Civil Veterinary Dept. North-West Frontier Province 1923-32 - 1923-1932
Year: 1923
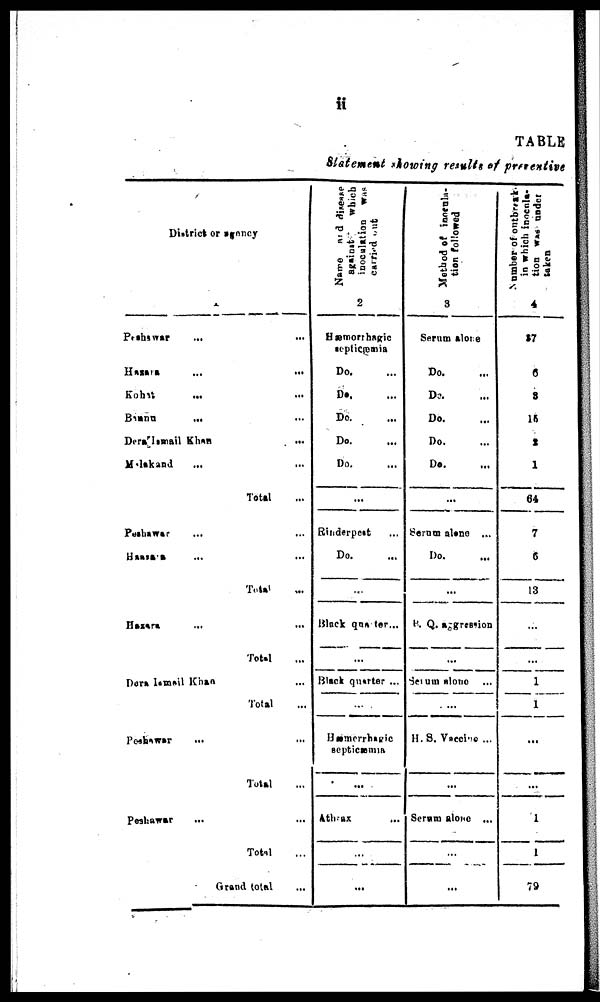
ii
TABLE
Statement showing results of preventive
District or agency
1
Peshawar
...
...
Hazara
...
...
Kohit
...
...
Bannu
... ...
Dera Ismail Khan ... ...
Melekand ... ...
Total ...
Peshawar ... ...
Hazara
... ...
Total ...
Hazara ... ...
Total ... ...
Dera Ismail Khan ... ...
Total ...
Peshawar ... ...
Total ...
Peshawar ... ...
Total ...
Grand total ...
Name and disease
against which
inoculation was
carried out
2
Hæmorrhagic
septicæmia
Do. ...
Do. ...
Do. ...
Do. ...
Do. ...
...
Rinderpest
Do.
...
Black quarter ...
...
Black quarter ...
...
Hœmerrhagic
septicæmia
...
Athrax
...
...
...
Method of inocula-
tion followed
3
Serum alone
Do. ...
Do. ...
Do. ...
Do. ...
Do. ...
...
Serum alone ...
Do.
...
P. Q. aggression
...
Set um alone ...
...
U.S. Vaccine ...
...
Serum alone ...
...
...
Number of outbre
in which inocula-
tion was under
taken
4
37
6
3
15
1
1
64
7
6
13
...
...
1
1
...
...
1
1
79